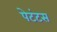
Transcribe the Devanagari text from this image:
पेटंटस